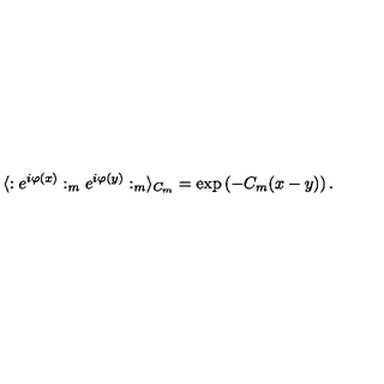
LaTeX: \langle : e ^ { i \varphi ( x ) } : _ { m } e ^ { i \varphi ( y ) } : _ { m } \rangle _ { C _ { m } } = \exp \left( - C _ { m } ( x - y ) \right) .